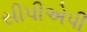
સીપીએપી